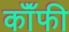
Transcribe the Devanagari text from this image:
कॉॅफी